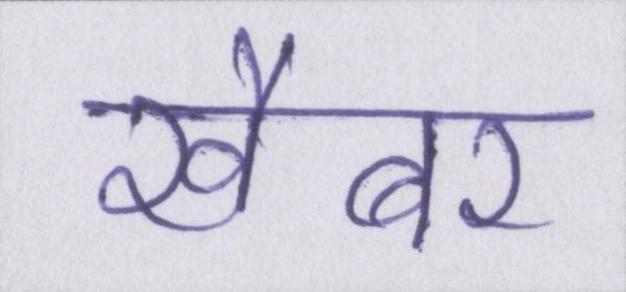
खैबर